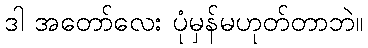
ဒါ အတော်လေး ပုံမှန်မဟုတ်တာဘဲ။